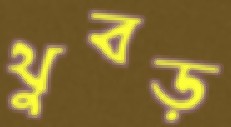
থুবড়